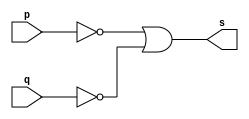
// ------------------------- 
// Exercicio0004 - NOR
// Nome: Marcio Santana Correa 
// ------------------------- 
// ------------------------- 
// -- nand gate 
// ------------------------- 
module nandgate ( output s, input p, q ); 
assign s = ( ~p | ~q ) ; 
endmodule // nandgate 
// --------------------- 
// -- test nand gate 
// --------------------- 
module testnandgate; 
// ------------------------- dados locais 
reg a;
reg b; // definir registradores 
wire s; // definir conexao (fio) 
// ------------------------- instancia 
nandgate NAND1 (s, a, b); 
// ------------------------- preparacao 
initial begin:start 
// atribuicao simultanea 
// dos valores iniciais 
a=0; b=0; 
end 
// ------------------------- parte principal 
initial begin 
$display("Exercicio0004 - Marcio Santana Correa 345368"); 
$display("Test NAND gate de Morgan"); 
$display("\na ~& b = s\n"); 
a=0; b=0; 
#1 $display("%b ~& %b = %b", a, b, s); 
a=0; b=1; 
#1 $display("%b ~& %b = %b", a, b, s); 
a=1; b=0; 
#1 $display("%b ~& %b = %b", a, b, s); 
a=1; b=1; 
#1 $display("%b ~& %b = %b", a, b, s); 
end 
endmodule // testnandgate